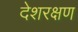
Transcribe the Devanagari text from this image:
देशरक्षण